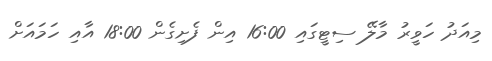
މިއަދު ހަވީރު މާލޭ ސިޓީގައި 16:00 އިން ފެށިގެން 18:00 އާއި ހަމައަށް